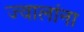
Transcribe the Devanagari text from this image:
ज्वालांना